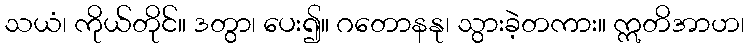
သယံ၊ ကိုယ်တိုင်။ ဒတွာ၊ ပေး၍။ ဂတောနနု၊ သွားခဲ့တကား။ ဣတိအာဟ၊